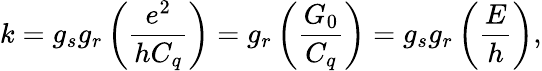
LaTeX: k=g_{s}g_{r}\left(\frac{e^{2}}{hC_{q}}\right)=g_{r}\left(\frac{G_{0}}{C_{q}}\right)=g_{s}g_{r}\left(\frac{E}{h}\right),